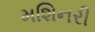
મશિનરી